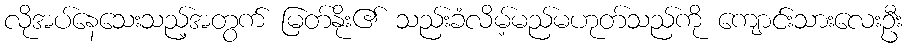
လိုအပ်နေသေးသည့်အတွက် မြတ်နိုး၏ သည်းခံလိမ့်မည်မဟုတ်သည်ကို ကျောင်းသားလေးဦး